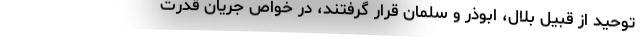
توحید از قبیل بلال، ابوذر و سلمان قرار گرفتند، در خواص جریان قدرت